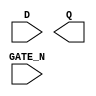
module sky130_fd_sc_hd__dlxtn (
    //# {{data|Data Signals}}
    input  D     ,
    output Q     ,

    //# {{clocks|Clocking}}
    input  GATE_N
);

    // Voltage supply signals
    supply1 VPWR;
    supply0 VGND;
    supply1 VPB ;
    supply0 VNB ;

endmodule